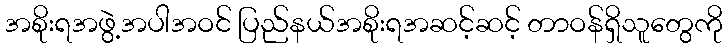
အစိုးရအဖွဲ့အပါအဝင် ပြည်နယ်အစိုးရအဆင့်ဆင့် တာဝန်ရှိသူတွေကို